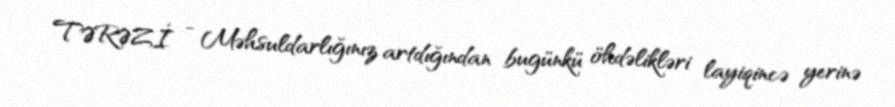
TƏRƏZİ - Məhsuldarlığınız artdığından bugünkü öhdəlikləri layiqincə yerinə